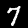
Digit: 7